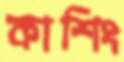
কাশিং